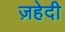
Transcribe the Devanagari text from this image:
ज़हेदी